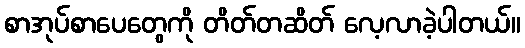
စာအုပ်စာပေတွေကို တိတ်တဆိတ် လေ့လာခဲ့ပါတယ်။